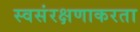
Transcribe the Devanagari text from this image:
स्वसंरक्षणाकरता